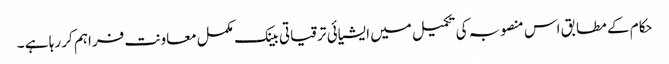
حکام کے مطابق اس منصوبہ کی تکمیل میں ایشیائی ترقیاتی بینک مکمل معاونت فراہم کر رہا ہے ۔